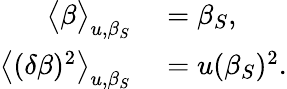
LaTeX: \begin{array}{rl}{\big<\beta\big>_{u,\beta_{S}}}&{{}=\beta_{S},}\\ {\big<(\delta\beta)^{2}\big>_{u,\beta_{S}}}&{{}=u(\beta_{S})^{2}.}\end{array}